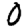
Digit: 0